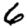
Digit: 6